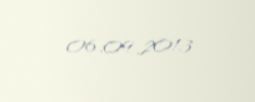
06.09.2013